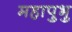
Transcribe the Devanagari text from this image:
महापुभु